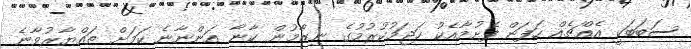
ސަބަބަކީ އެއްޗެއް ހަފަން ފެށުމާއެކު ހަޖަމުުކުރުމުގެ ނިޒާމުން ކާނާ އަންނާނެ ކަމަށް ތައްޔާރުވާނެ